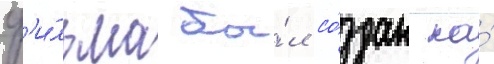
ф'и́льма бы́л со́здан на́